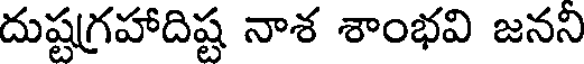
దుష్టగ్రహాదిష్ట నాశ శాంభవి జనని